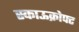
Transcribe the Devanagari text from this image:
स्काऊक्रोफ्ट